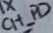
Text: CH_PD